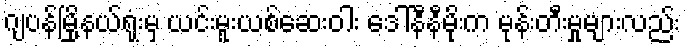
ဂျပန်မြို့နယ်ရုံးမှ ယင်းမူးယစ်ဆေးဝါး ဒေါ်နီနီမိုးက မုန်းတီးမှုများလည်း